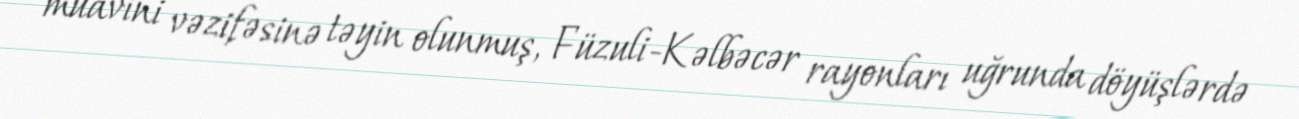
müavini vəzifəsinə təyin olunmuş, Füzuli-Kəlbəcər rayonları uğrunda döyüşlərdə